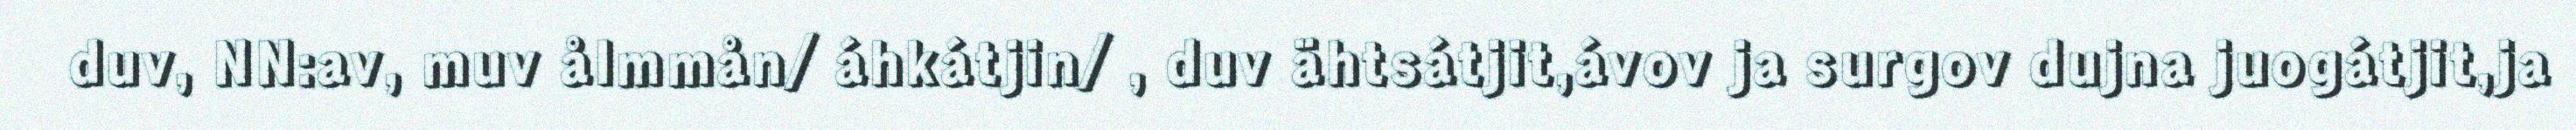
duv, NN:av, muv ålmmån/ áhkátjin/ , duv ähtsátjit,ávov ja surgov dujna juogátjit,ja